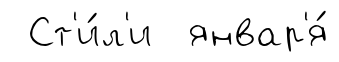
Ст'и́л'и январ'я́